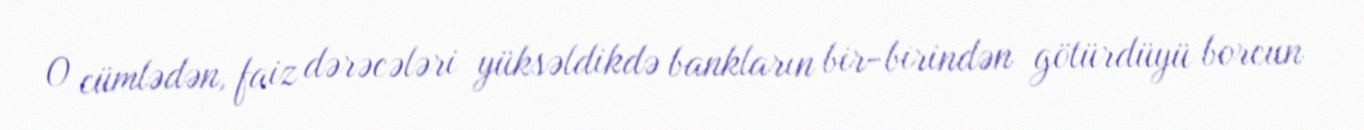
O cümlədən, faiz dərəcələri yüksəldikdə bankların bir-birindən götürdüyü borcun